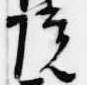
院